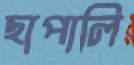
ছাপালি